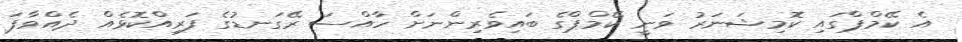
އެ ކޭމްޕްގައި ކޮމިޝަނަރު ވަނީ ކޭމްޕްގެ ބައިވެރިންނަށް ހާއްސަ ރޭގަނޑުގެ ފަރިއްކޮޅެއް ދެއްވާފަ